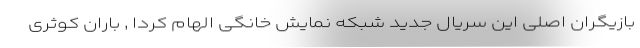
بازیگران اصلی این سریال جدید شبکه نمایش خانگی الهام کردا , باران کوثری